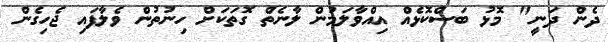
ދެން ދަނީ" މޮޅު ބަސްކޮޅެއް އިއްވާލަމުން ލާނެތް ގޮތަކަށް ހިނުތުން ވެލާފައި ޖެހިގެން